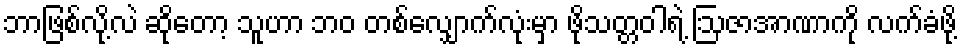
ဘာဖြစ်လို့လဲ ဆိုတော့ သူဟာ ဘဝ တစ်လျှောက်လုံးမှာ ဖိုသတ္တဝါရဲ့ ဩဇာအာဏာကို လက်ခံဖို့